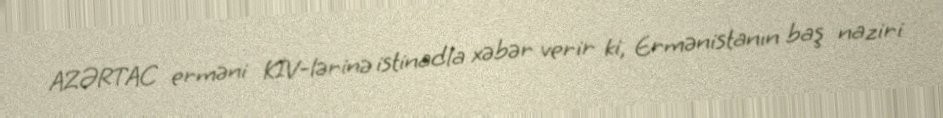
AZƏRTAC erməni KİV-lərinə istinadla xəbər verir ki, Ermənistanın baş naziri